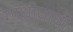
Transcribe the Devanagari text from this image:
गांधीवाधी